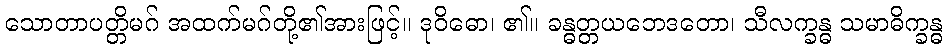
သောတာပတ္တိမဂ် အထက်မဂ်တို့၏အားဖြင့်။ ဒုဝိဓော၊ ၏။ ခန္ဓတ္တယဘေဒတော၊ သီလက္ခန္ဓ သမာဓိက္ခန္ဓ